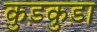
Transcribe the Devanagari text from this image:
कुड़कुड़ा